Report on sanitation, dispensaries, and jails in Rajputana for 1910, and on vaccination for the year 1910-1911 - 1910-1911
Year: 1910
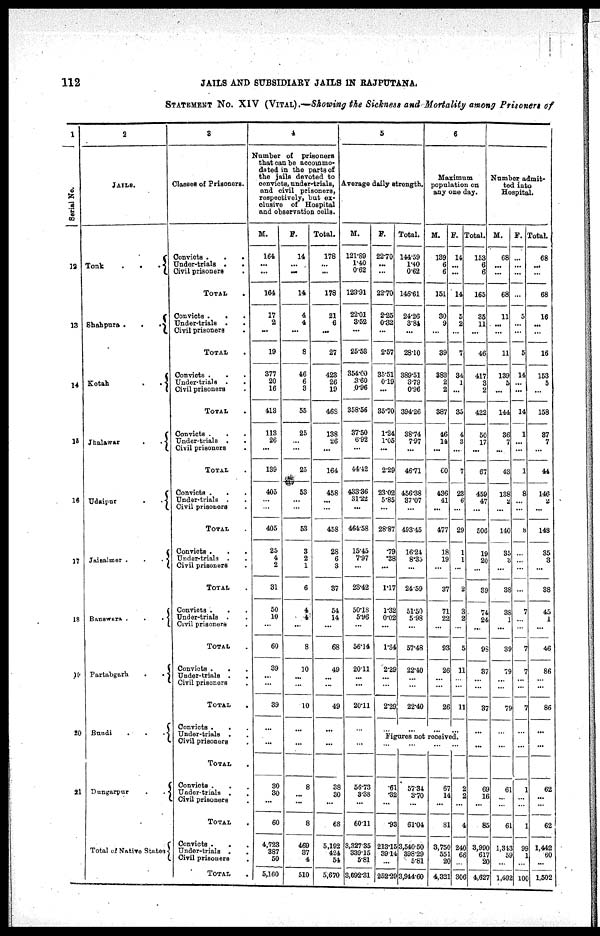
112
JAILS AND SUBSIDIARY JAILS IN RAJPUTANA.
STATEMENT No. XIV (VITAL).—Showing the Sickness and Mortality among Prisoners of
1
Serial No.
12
13
14
15
16
17
18
19
20
21
.
2
JAILS.
Tonk
. .
.
Shahpure . .
.
Kotah
. .
Jhalawar
. .
Udaipur
. .
Jaisalmer .
.
.
Banawara . . .
Partabgarh
.
.
Bundi
.
.
.
Dungarpur
.
.
Total of Native States
3
Classes of Prisoners.
Convicts . . .
Under-trials .
.
Civil prisoners .
TOTAL .
Convicts .
.
Under-trials . .
Civil prisoners .
TOTAL .
Convicts .
.
Under-trials .
.
Civil prisoners .
TOTAL .
Convicts . . .
Under-trials . .
Civil prisoners .
TOTAL .
Convicts . . .
Under-trials . .
Civil prisoners .
TOTAL .
Convicts . . .
Under-trials . .
Civil prisoners .
TOTAL .
Convicts .
. .
Under-trials . .
Civil prisoners .
TOTAL .
Convicts . . .
Under-trials . .
Civil prisoners .
TOTAL .
Convicts . . .
Under-trials . .
Civil prisoners .
TOTAL .
Convicts . . .
Under-trials . .
Civil prisoners .
TOTAL .
Convicts . . .
Under-trials . .
Civil prisoners .
TOTAL .
4
Number of prisoners
that can be accommo¬
dated in the parts of
the jails devoted to
convicts, under-trials,
and civil prisoners,
respectively, but ex-
clusive of Hospital
and observation cells.
M.
164
...
...
164
17
2
...
19
377
20
16
413
113
26
...
139
405
...
...
405
25
4
2
31
50
10
...
60
39
...
...
39
...
...
...
30
30
...
60
4,723
387
50
5,160
F.
14
...
...
14
4
4
...
8
46
6
3
55
25
...
...
25
53
...
...
53
3
2
1
6
4
4
...
8
10
...
...
10
...
...
...
8
...
...
8
469
37
4
510
Total.
178
...
...
178
21
6
...
27
423
26
19
468
138
26
...
164
458
...
...
458
28
6
3
37
54
14
...
68
49
...
...
49
...
...
...
38
30
...
68
5,192
424
54
5,670
5
Average daily strength.
M.
121.89
1.40
0.62
123.91
22.01
3.52
...
25.53
354.00
3.60
0.96
358.56
37.50
6.92
...
44.42
433.36
31.22
...
464.58
15.45
7.97
...
23.42
50.18
5.96
...
56.14
20.11
...
...
20.11
...
...
...
56.73
3.38
...
60.11
3,327.35
339.15
5.81
3,692.31
F.
22.70
...
...
22.70
2.25
0.32
...
2.57
35.51
0.19
...
35.70
1.24
1.05
...
2.29
23.02
5.85
...
28.87
.79
.38
...
1.17
1.32
0.02
...
1.84
2.29
...
...
2.29
...
Total.
144.59
1.40
0.62
146.61
24.26
3.84
...
28.10
389.51
3.79
0.96
394.26
38.74
7.97
...
46.71
456.38
37.07
...
493.45
16.21
8.35
...
24.59
51.50
5.98
...
57.48
22.40
...
...
22.40
...
6
Maximum
population on
any one day.
M.
139
6
6
151
30
9
...
39
383
2
2
387
46
14
...
60
436
41
...
477
18
19
...
37
71
22
...
93
26
...
...
26
...
F.
14
...
...
14
5
2
...
7
34
1
...
35
4
3
...
7
23
6
...
29
1
1
...
2
3
2
...
5
11
...
...
11
...
Figures not received.
...
.61
.32
...
.93
213.15
39.14
...
252.29
...
57.34
3.70
...
61.04
3,540.50
398.29
5.81
3,944.60
...
67
14
...
81
3,750
551
20
4,321
...
2
2
...
4
240
66
...
306
Total.
153
6
6
165
35
11
...
46
417
3
2
422
50
17
...
67
459
47
...
506
19
20
...
39
74
24
...
98
87
...
...
37
...
...
...
69
16
...
85
3,990
617
20
4,627
Number admit¬
ted into
Hospital.
M.
68
...
...
68
11
...
...
11
139
5
...
144
36
7
...
43
138
2
...
140
35
3
...
38
38
1
...
39
79
...
...
79
...
...
...
61
...
...
61
1,343
59
...
1,402
F.
...
...
...
...
5
...
...
5
14
...
...
14
1
...
...
1
8
...
...
8
...
...
...
...
7
...
...
7
7
...
...
7
...
...
...
1
...
...
1
99
1
...
100
Total
68
...
...
68
16
...
...
16
153
5
...
158
37
7
...
44
146
2
...
148
35
3
...
38
45
1
...
46
86
...
...
86
...
...
...
62
...
...
62
1,442
60
...
1,502